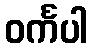
ဝင်္ကပါ